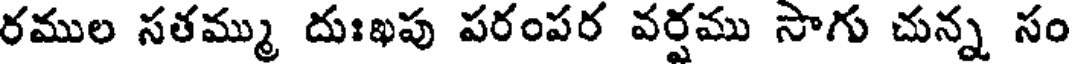
రముల సతమ్ము దుఃఖపు పరంపర వర్షము సాగు చున్న సం